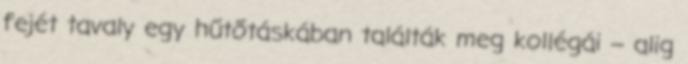
fejét tavaly egy hűtőtáskában találták meg kollégái – alig